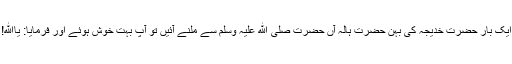
ایک بار حضرت خدیجہ کی بہن حضرت ہالہ آں حضرت صلی ﷲ علیہ وسلم سے ملنے آئیں تو آپ بہت خوش ہوئے اور فرمایا: یاﷲ!